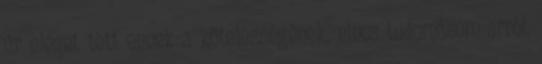
úr eleget tett ennek a kötelességének, nincs tudomásom arról,